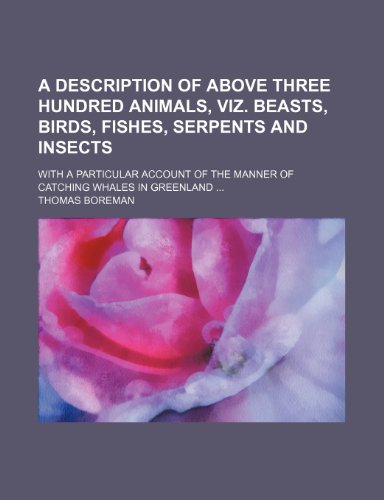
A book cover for A description of above three hundred animals, viz. beasts, birds, fishes, serpents and insects; With a particular account of the manner of catching whales in Greenland; Thomas Boreman; History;